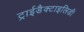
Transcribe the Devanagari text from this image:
ट्राईडैक्टाइलिडी